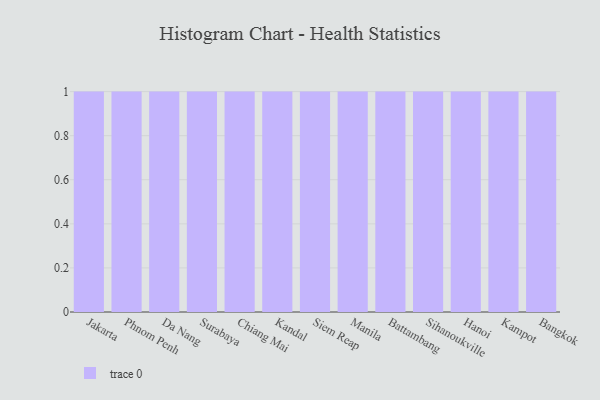
{"axis": {"x": "City", "y": "Conversion Rate (%)"}, "legend": [""], "data": [{"x": "Jakarta", "y": 77, "type": ""}, {"x": "Phnom Penh", "y": 72, "type": ""}, {"x": "Da Nang", "y": 3, "type": ""}, {"x": "Surabaya", "y": 3, "type": ""}, {"x": "Chiang Mai", "y": 55, "type": ""}, {"x": "Kandal", "y": 53, "type": ""}, {"x": "Siem Reap", "y": 69, "type": ""}, {"x": "Manila", "y": 66, "type": ""}, {"x": "Battambang", "y": 89, "type": ""}, {"x": "Sihanoukville", "y": 27, "type": ""}, {"x": "Hanoi", "y": 49, "type": ""}, {"x": "Kampot", "y": 15, "type": ""}, {"x": "Bangkok", "y": 70, "type": ""}]}